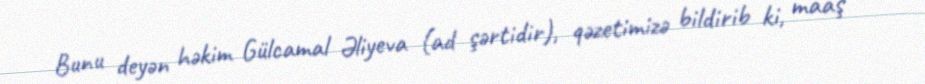
Bunu deyən həkim Gülcamal Əliyeva (ad şərtidir), qəzetimizə bildirib ki, maaş